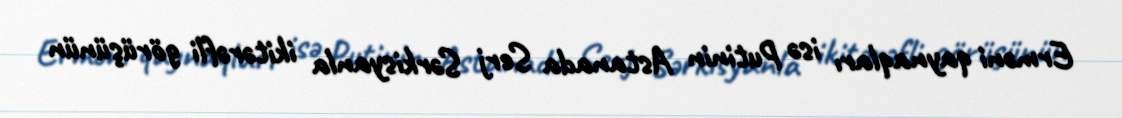
Erməni qaynaqları isə Putinin Astanada Serj Sərkisyanla ikitərəfli görüşünün